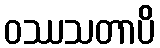
ဝဿသတာပိ